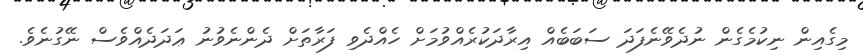
މިގެއިން ނިކުމެގެން ނުދެވޭނެފަދަ ސަބަބެއް އިރާދަކުރެއްވުމަށް ހެއްދެވި ފަރާތަށް ދެންނެވުނު ޢަދަދެއްވެސް ނޭގުނެވެ.